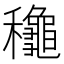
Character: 䆋